Vaccination in the Punjab 1905-1918 - 1905-1918
Year: 1905
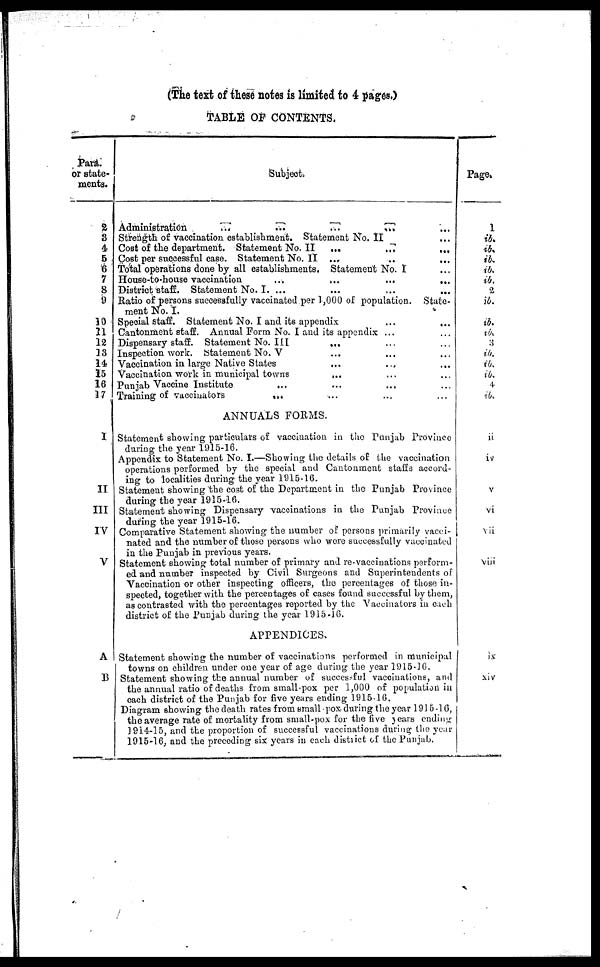
(The text of these notes is limited to 4 pages.)
TABLE OF CONTENTS.
Para
or state-
ments.
2
3
4
5
6
7
8
9
10
11
12
13
14
15
16
17
I
II
III
IV
V
A
B
Subject.
Administration
...
...
...
... ...
Strength of vaccination establishment. Statement No. II ...
Cost of the department. Statement No.II
... ... ...
Cost per successful case. Statement No. II
...
...
...
Total operations done by all establishments. Statement No. I ...
House-to-house vaccination
...
...
...
...
District staff. Statement No. I. ... ... ... ...
Ratio of persons successfully vaccinated per 1,000 of population.
State-
ment No. I. ... ... ... ...
Special staff. Statement No. I and its appendix ... ...
Cantonment staff. Annual Form No. I and its appendix ... ...
Dispensary staff. Statement No. III
... ... ...
Inspection work. Statement No. V ... ... ...
Vaccination in large Native States ... ... ...
Vaccination work in municipal towns ... ... ...
Punjab Vaccine Institute
... ... ... ...
Training of vaccinators ... ... ... ...
ANNUALS FORMS.
Statement showing particulars of vaccination in the Punjab Province
daring the year 1915-16.
Appendix to Statement No. I.—Showing the details of the vaccination
operations performed by the special and Cantonment staffs accord-
ing to localities during the year 1915-16.
Statement showing the cost of the Department in the Punjab Province
during the year 1915-16.
Statement showing Dispensary vaccinations in the Punjab Province
during the year 1915-16.
Comparative Statement showing the number of persons primarily vacci-
nated and the number of those persons who were successfully vaccinated
in the Punjab in previous years.
Statement showing total number of primary and re-vaccinations perform-
ed and number inspected by Civil Surgeons and Superintendents of
Vaccination or other inspecting officers, the percentages of those in-
spected, together with the percentages of cases found successful by them,
as contrasted with the percentages reported by the Vaccinators in each
district of the Punjab during the year 1915-16.
APPENDICES.
Statement showing the number of vaccinations performed in municipal
towns on children under one year of age during the year 1915-16.
Statement showing the annual number of successful vaccinations, and
the annual ratio of deaths from small-pox per 1,000 of population in
each district of the Punjab for five years ending 1915-16.
Diagram showing the death rates from small pox during the year 1915-16,
the average rate of mortality from small-pox for the five years ending
1914—15, and the proportion of successful vaccinations during the year
1915-16, and the preceding six years in each district of the Punjab.
Page.
1
ib.
ib.
ib.
ib.
ib.
2
ib.
ib.
ib.
3
ib.
ib.
ib.
4
ib.
ii
iv
v
vi
vii
viii
ix
xiv